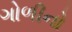
ગોળીનો